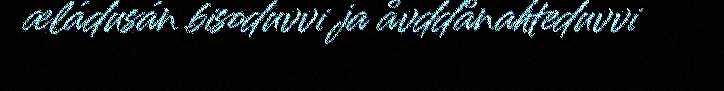
æládusán bisoduvvi ja åvddånahteduvvi